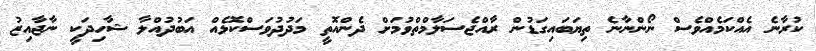
ކުރާނެ އެއްކަމެއްވެސް ނޯންނާނެ ތިޔަބައިގަޑުން ރާއްޖެސަލާމްތްވުމަށް ދެންއޮތީ މަދުދުވަސްކޮޅެއް އަބުދުއްލާ ޝާހިދަކީ ނާޖާއިޒު